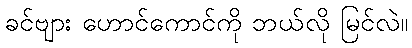
ခင်ဗျား ဟောင်ကောင်ကို ဘယ်လို မြင်လဲ။